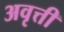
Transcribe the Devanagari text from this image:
अवृत्ती